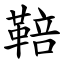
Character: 鞛